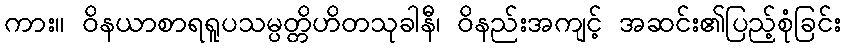
ကား။ ဝိနယာစာရရူပသမ္ပတ္တိဟိတသုခါနီ၊ ဝိနည်းအကျင့် အဆင်း၏ပြည့်စုံခြင်း